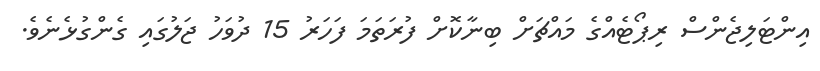
އިންޓަލިޖެންސް ރިޕޯޓެއްގެ މައްޗަށް ބިނާކޮށް ފުރަތަމަ ފަހަރު 15 ދުވަހު ޖަލުގައި ގެންގުޅެނެވެ.